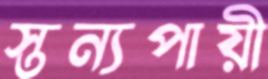
স্তন্যপায়ী